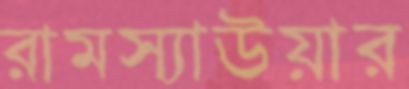
রামস্যাউয়ার